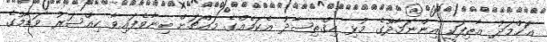
އަޙްމަދު ޢާޠިފަކީ އިންނަމާދޫގެ މުޅި އިޤްތިޞާދު އެކަމެއްގެ މައްޗަށް ބިނާވެފައިވާ ކިއްސަރު ވަޑާމުގެ